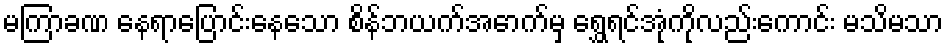
မကြာခဏ နေရာပြောင်းနေသော စိန်ဘယက်အောက်မှ ရွှေရင်အုံကိုလည်းကောင်း မသိမသာ